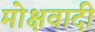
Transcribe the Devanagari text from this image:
मोक्षवादी